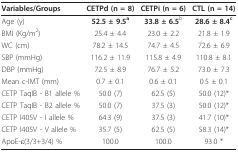
| Variables/Groups | CETPd (n = 8) | CETPi (n = 6) | CTL (n = 14) |
 | --- | --- | --- | --- |
 | Age (y) | 52.5 ± 9.5a | 33.8 ± 6.5b | 28.6 ± 8.4c |
 | BMI (Kg/m2) | 25.4 ± 4.4 | 23.0 ± 2.2 | 21.8 ± 1.9 |
 | WC (cm) | 78.2 ± 14.5 | 74.7 ± 4.5 | 72.6 ± 6.9 |
 | SBP (mmHg) | 116.2 ± 11.9 | 115.8 ± 4.9 | 110.8 ± 8.1 |
 | DBP (mmHg) | 72.5 ± 8.9 | 76.7 ± 5.2 | 73.0 ± 7.3 |
 | Mean c-IMT (mm) | 0.7 ± 0.1 | 0.6 ± 0.1 | 0.5 ± 0.1 |
 | CETP TaqIB - B1 allele % | 50.0 (7) | 62.5 (5) | 50.0 (12)* |
 | CETP TaqIB - B2 allele % | 50.0 (7) | 37.5 (3) | 50.0 (12)* |
 | CETP I405V - I allele % | 64.3 (9) | 37.5 (3) | 41.7 (10)* |
 | CETP I405V - V allele % | 35.7 (5) | 62.5 (5) | 58.3 (14)* |
 | ApoE-ε(3/3+3/4) % | 100.0 | 100.0 | 93.0 * |